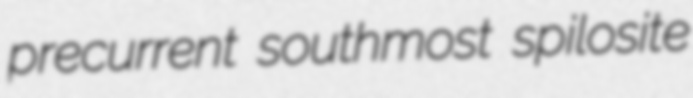
precurrent southmost spilosite